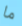
ما